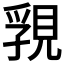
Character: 𧠾